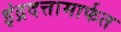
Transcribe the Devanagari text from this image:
इंद्रदत्तामार्फत